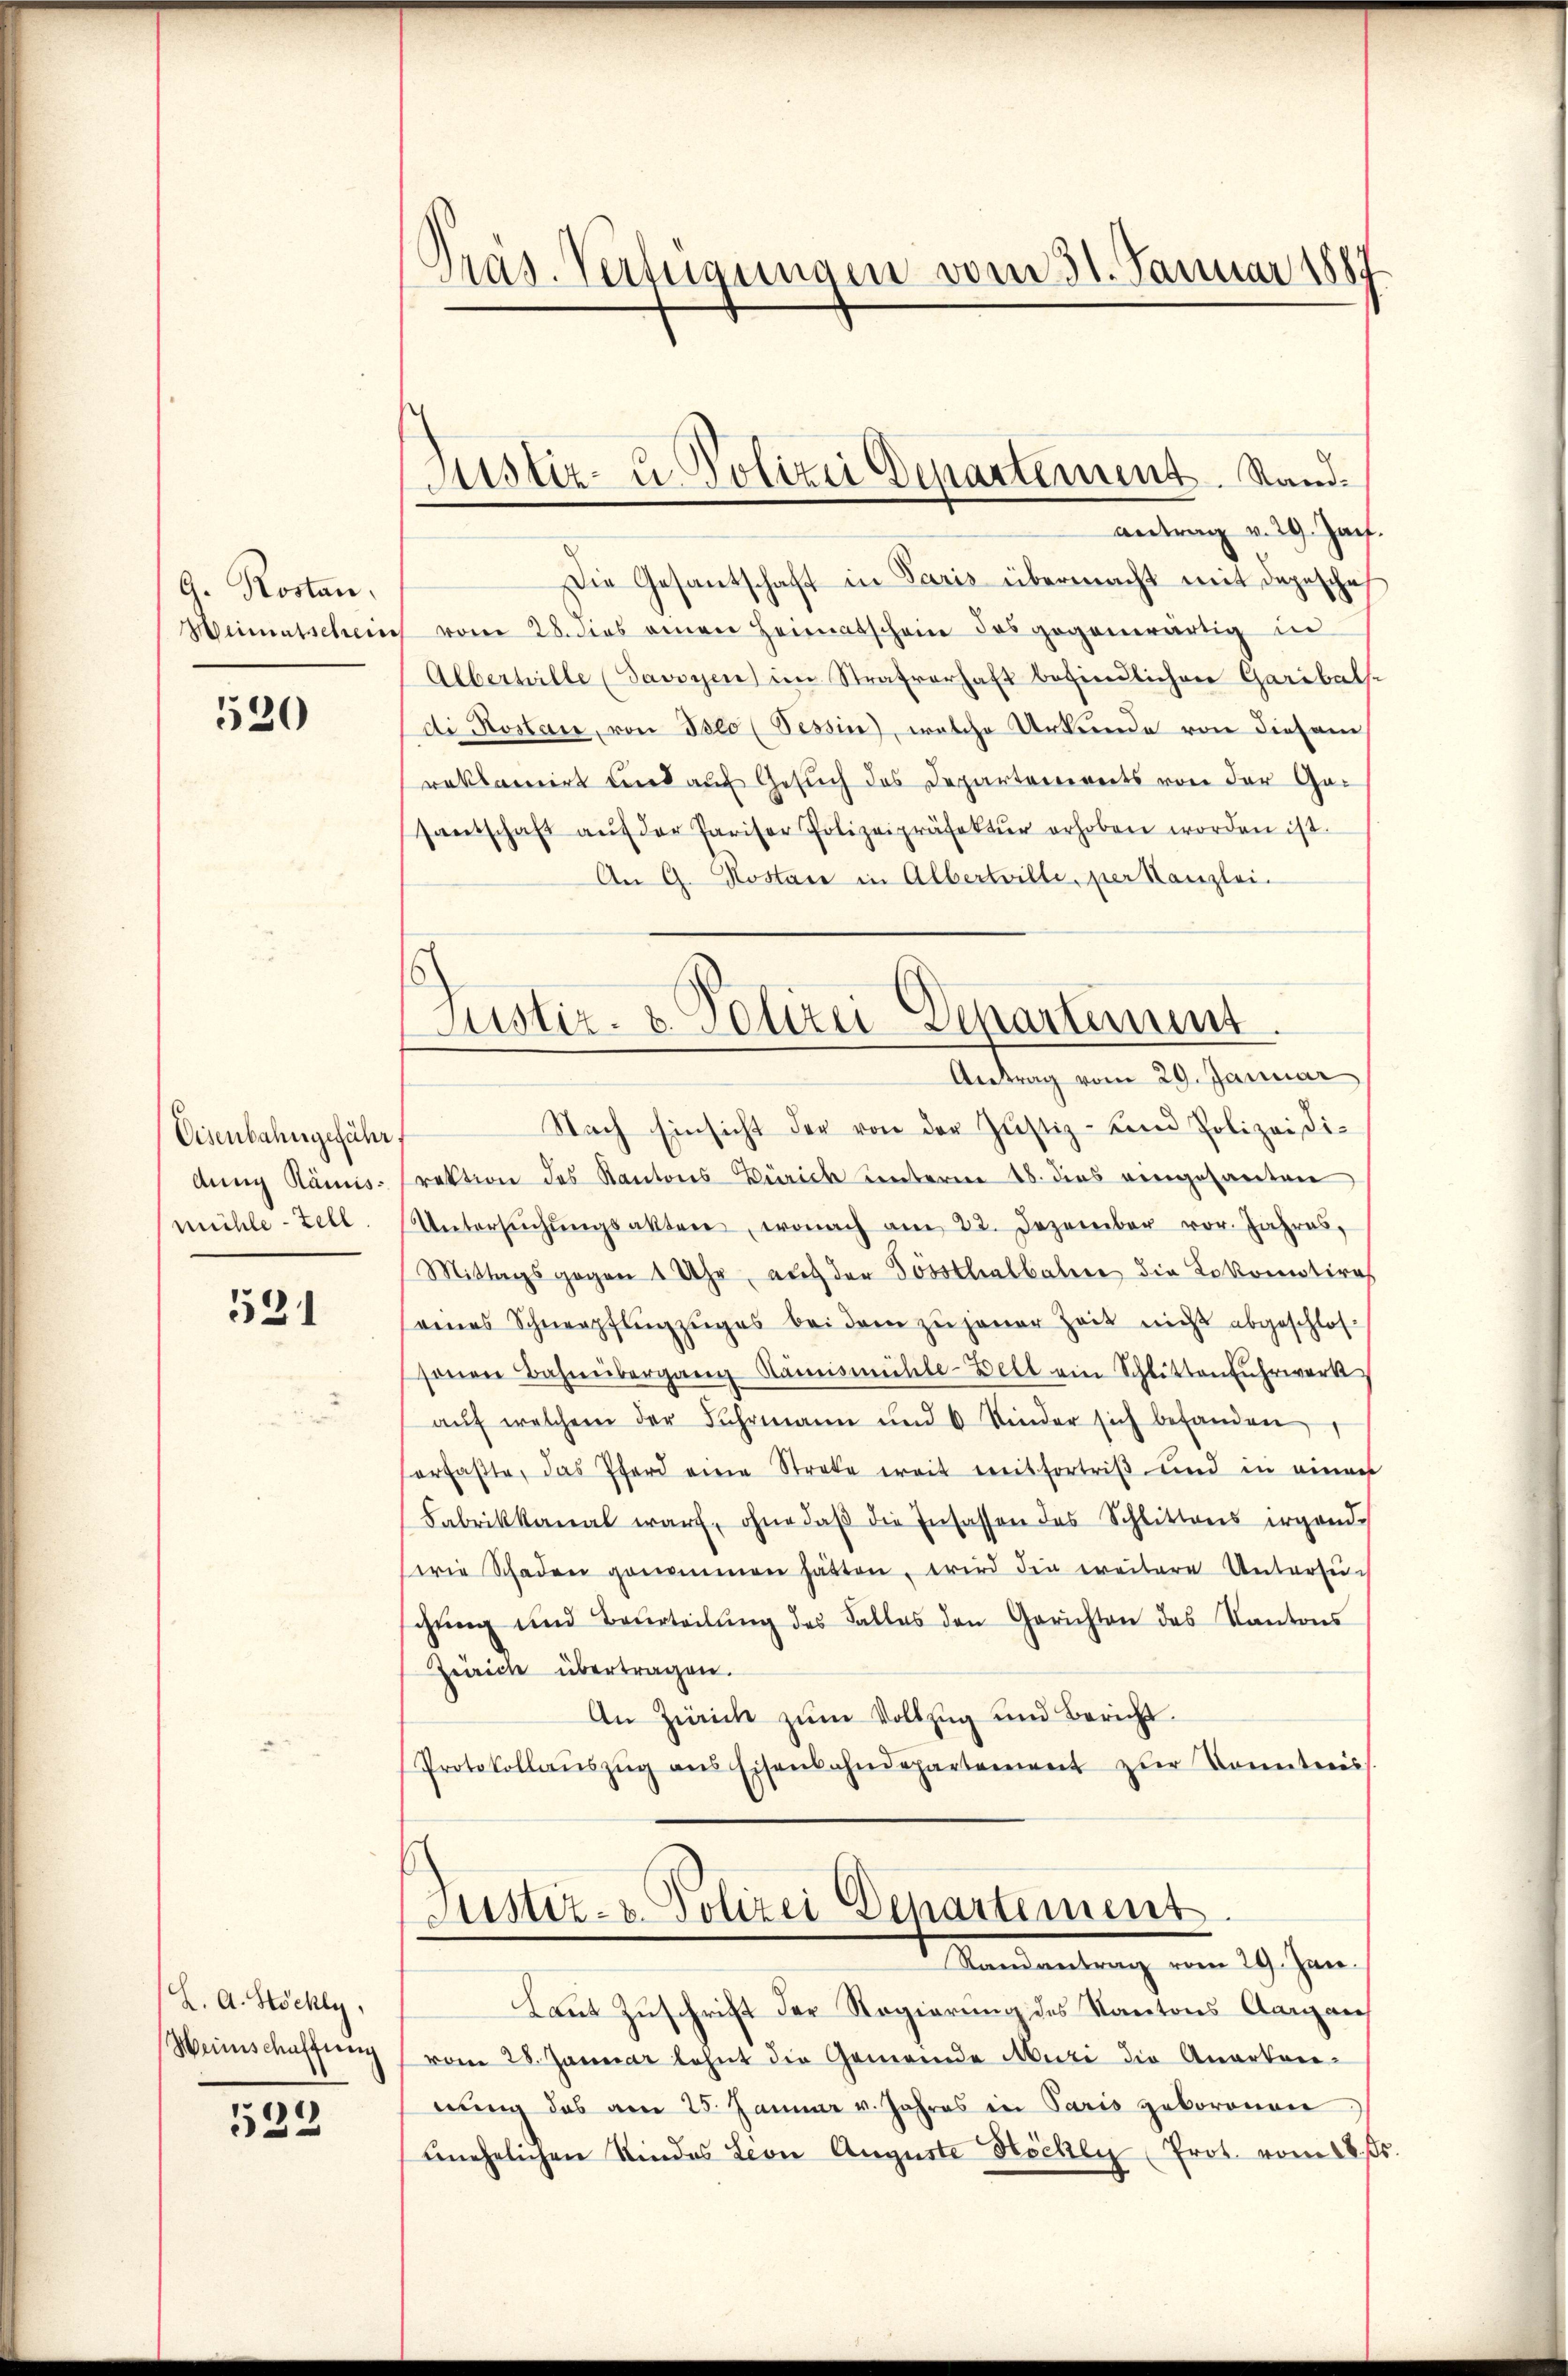
G. Rostan
Weimentschein

520

Eisenbahngefähr
dung Rämismühle - Zell

531

L. A. Höchly,
Weinschaffung

533

Pras. Verfügungen vom 31. Januar 1887

Justiz- u. Polizei Departement. Stand.

antrag v. 29. Jan.
Die Gesantschaft in Paris übermacht mit dageschaf
vom 28. Das einen Heimatschein das gegenwärtig in
Alberwille (Savoyen im Strafverhaft befindlichen Garibals-
di Rostan, von Iseo (Tessin, welche Urkunde von diesem
reklamirt und auf Gesuch des Departereireits von der Gesantschaft aŭf der Pariser Polizeipräsektŭr erhoben worden ist.
An G. Kostare in Albertrille, per Kanzlei-
Nach Einsicht der von der Justiz- und Polizeidirektion des Kantons Zürich unterm 18. dies eingesanten
Untersŭchŭngsakten, wonach am 22. Dezember vor. Jahres,
Mittagsgegen 1 Uhr, auf den Tossthalbahne die Lokomotire
seines Schneepflugzŭges bei dem zu jener Zeit nicht abgeschlos
sonen Bahnübergang Rämismühle-Bell ein Schlitten Fuhrwerk
aŭf welchem der Fahrmann und 6 Kinder sich befanden
erfaßte, das Pferd eine Streke ereit mitfortriß und in einen
Fabrikkanal warf, ohne daβ die Insassen des Schlittens irgende
wie Schaden genommen hätten, wird die ereitere Untersŭch
schŭng und Beurteilŭng des Falles den Gerichten des Kantons
Zürich übertragen.
An Zürich zum Vollzug und Bericht.
Protokollaŭszŭg ans Eisenbahndepartement zŭr Kenntnis
Justiz- u. Polizei Departement
Mandartung vom 29. Jan.
Laut Zuschrift der Regierung des Kantons Aargau
vom 28. Januar lehnt die Gemeinde Mute die Quartare-
nung des am 25. Januar v. Jahres in Paris gekoronen
unehelichen Rindes Lion Auguste Höchen Prot. vom 18. s.

Justiz- & Polizei-Departement.
Antrag vom 29. Januar